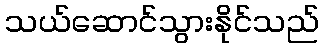
သယ်ဆောင်သွားနိုင်သည်